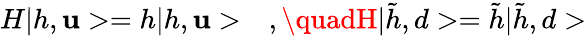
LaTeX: H|h,\mathbf{u}>=h|h,\mathbf{u}>\quad,\quadH|\tilde{{h}},d>=\tilde{{h}}|\tilde{{h}},d>